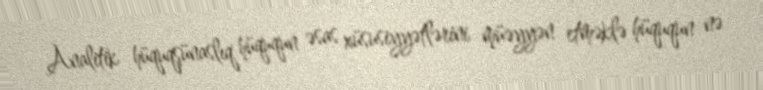
Analitik hüquqşünaslıq hüququn əsas xüsusiyyətlərini müəyyən etməklə hüququn nə